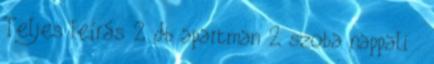
Teljes leírás 2 db apartman 2 szoba nappali .